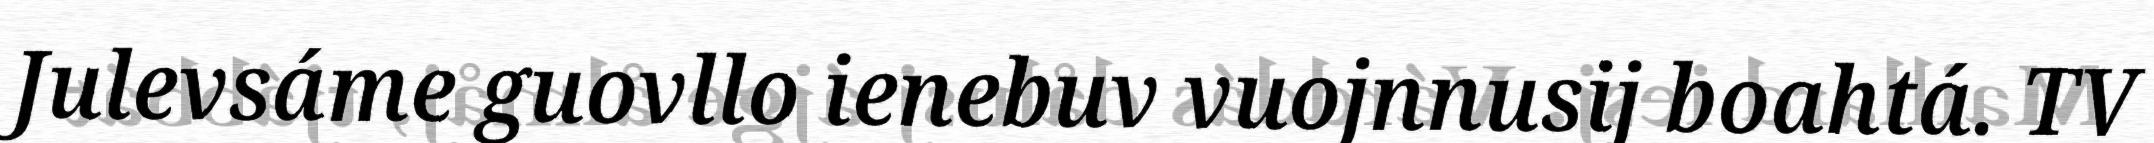
Julevsáme guovllo ienebuv vuojnnusij boahtá. TV